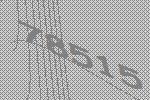
78515